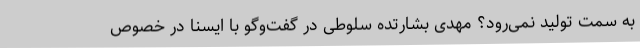
به سمت تولید نمی‌رود؟ مهدی بشارتده سلوطی در گفت‌وگو با ایسنا در خصوص